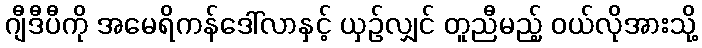
ဂျီဒီပီကို အမေရိကန်ဒေါ်လာနှင့် ယှဉ်လျှင် တူညီမည့် ဝယ်လိုအားသို့